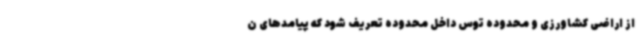
از اراضی کشاورزی و محدوده توس داخل محدوده تعریف شود که پیامدهای ن